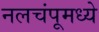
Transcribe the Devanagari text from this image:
नलचंपूमध्ये